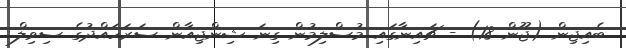
ބެއިޖިން (ޖޫން 18) - ޗައިނާގައި މުސްލިމުން ގިނަ ޝިންޖިއާން ސަރަހައްދުގެ ސިވިލް